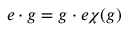
e \cdot g = g \cdot e \chi ( g )